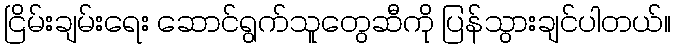
ငြိမ်းချမ်းရေး ဆောင်ရွက်သူတွေဆီကို ပြန်သွားချင်ပါတယ်။